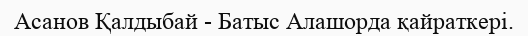
Асанов Қалдыбай - Батыс Алашорда қайраткері.